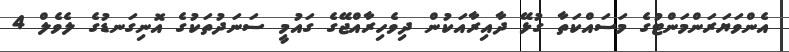
އެންވަޔަރަންމަންޓުގެ މަސައްކަތާ ގުޅޭ ދާއިރާއަކުން ދިވެހިރާއްޖޭގެ ގައުމީ ސަނަދުތަކުގެ އޮނިގަނޑުގެ ލެވެލް 4